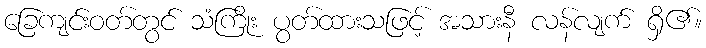
ခြေကျင်းဝတ်တွင် သံကြိုး ပွတ်ထားသဖြင့် အသားနီ လန်လျက် ရှိ၏။